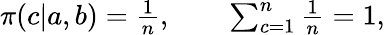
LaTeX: \begin{array}{r}{\pi(c|a,b)=\frac{1}{n},\qquad\sum_{c=1}^{n}\frac{1}{n}=1,}\end{array}